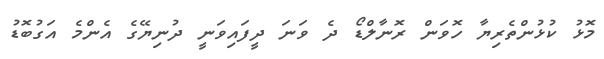
މޮޅު ކުޅުންތެރިޔާ ހޮވަން ރޮނާލްޑޯ ދެ ވަނަ ދީފައިވަނީ ދުނިޔޭގެ އެންމެ އަގުބޮޑު